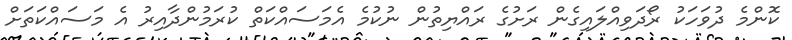
ކޮންމެ ދުވަހަކު ރޯދަވިއްލައިގެން ރަށުގެ ރައްޔިތުން ނުކުމެ އެމަސައްކަތް ކުރަމުންދާއިރު އެ މަސައްކަތަށް